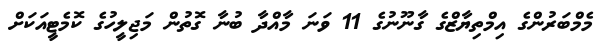
މެމްބަރުންގެ އިމްތިޔާޒްގެ ގާނޫނުގެ 11 ވަނަ މާއްދާ ބުނާ ގޮތުން މަޖިލީހުގެ ކޮމެޓީއަކަށް